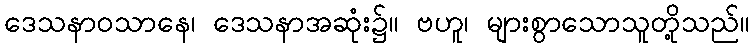
ဒေသနာဝသာနေ၊ ဒေသနာအဆုံး၌။ ဗဟူ၊ များစွာသောသူတို့သည်။